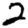
Digit: 2